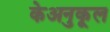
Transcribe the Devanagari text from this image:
केअनुकूल